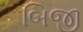
બિજી